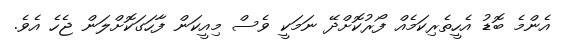
އެންމެ ބޮޑު އެހީތެރިކަމެއް ފޯރުކޮށްދޭ ނަމަކީ ވެސް މިއީކަން ފާހަގަކޮށްލަން ޖެހެ އެވެ.